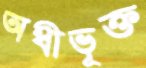
অধীভূক্ত